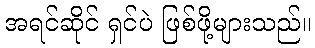
အရင်ဆိုင် ရှင်ပဲ ဖြစ်ဖို့များသည်။